Lyperosia minuta, Bezzi - Number 59
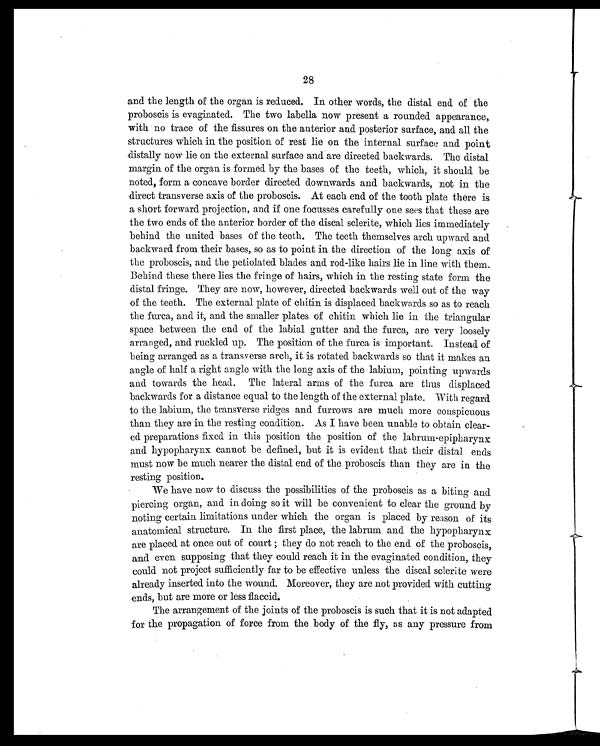
28
and the length of the organ is reduced. In other words, the distal end of the
proboscis is evaginated. The two labella now present a rounded appearance,
with no trace of the fissures on the anterior and posterior surface, and all the
structures which in the position of rest lie on the internal surface and point
distally now lie on the external surface and are directed backwards. The distal
margin of the organ is formed by the bases of the teeth, which, it should be
noted, form a concave border directed downwards and backwards, not in the
direct transverse axis of the proboscis. At each end of the tooth plate there is
a short forward projection, and if one focusses carefully one sees that these are
the two ends of the anterior border of the discal sclerite, which lies immediately
behind the united bases of the teeth. The teeth themselves arch upward and
backward from their bases, so as to point in the direction of the long axis of
the proboscis, and the petiolated blades and rod-like hairs lie in line with them.
Behind these there lies the fringe of hairs, which in the resting state form the
distal fringe. They are now, however, directed backwards well out of the way
of the teeth. The external plate of chitin is displaced backwards so as to reach
the furca, and it, and the smaller plates of chitin which lie in the triangular
space between the end of the labial gutter and the furca, are very loosely
arranged, and ruckled up. The position of the furca is important. Instead of
being arranged as a transverse arch, it is rotated backwards so that it makes an
angle of half a right angle with the long axis of the labium, pointing upwards
and towards the head. The lateral arms of the furca are thus displaced
backwards for a distance equal to the length of the external plate. With regard
to the labium, the transverse ridges and furrows are much more conspicuous
than they are in the resting condition. As I have been unable to obtain clear
-ed preparations fixed. in this position the position of the labrum-epipharynx
and hypopharynx cannot be defined, but it is evident that their distal ends
must now be much nearer the distal end of the proboscis than they are in the
resting position.
We have now to discuss the possibilities of the proboscis as a biting and
piercing organ, and in doing so it will be convenient to clear the ground by
noting certain limitations under which the organ is placed by reason of its
anatomical structure. In the first place, the labrum and the hypopharynx
are placed at once out of court ; they do not reach to the end of the proboscis,
and even supposing that they could reach it in the evaginated condition, they
could not project sufficiently far to be effective unless the discal sclerite were
already inserted into the wound. Moreover, they are not provided with cutting
ends, but are more or less flaccid.
The arrangement of the joints of the proboscis is such that it is not adapted
for the propagation of force from the body of the fly, as any pressure from